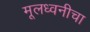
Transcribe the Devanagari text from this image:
मूलध्वनीचा